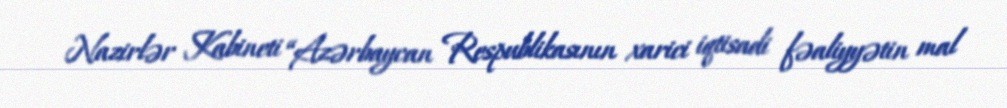
Nazirlər Kabineti “Azərbaycan Respublikasının xarici iqtisadi fəaliyyətin mal